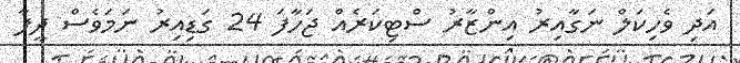
އަދި ވެހިކަލް ނަގާއިރު އިންޒާރު ސްޓިކަރެއް ޖަހާފަ 24 ގަޑިއިރު ނަމަވެސް ދީފާ